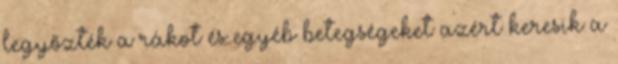
legyőzték a rákot és egyéb betegségeket azért keresik a